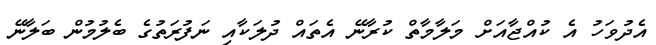
އެދުވަހު އެ ކުއްޖާއަށް މަލާމާތް ކުރާނޭ އެތައް ދުލަކާއި ނަފުރަތުގެ ބެލުމުން ބަލާނޭ